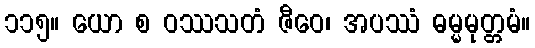
၁၁၅။ ယော စ ဝဿသတံ ဇီဝေ၊ အပဿံ ဓမ္မမုတ္တမံ။